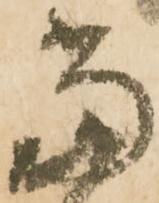
當